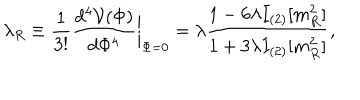
\lambda _ { R } \equiv { \frac { 1 } { 3 ! } } { \frac { d ^ { 4 } { \cal V } ( \Phi ) } { d \Phi ^ { 4 } } } \biggr | _ { \Phi = 0 } = \lambda { \frac { 1 - 6 \lambda I _ { ( 2 ) } [ m _ { R } ^ { 2 } ] } { 1 + 3 \lambda I _ { ( 2 ) } [ m _ { R } ^ { 2 } ] } } ,